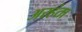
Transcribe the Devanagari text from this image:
अरहंता